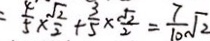
= \frac { 4 } { 5 } \times \frac { \sqrt { 2 } } { 2 } + \frac { 3 } { 5 } \times \frac { \sqrt { 2 } } { 2 } = \frac { 7 } { 1 0 } \sqrt { 2 }